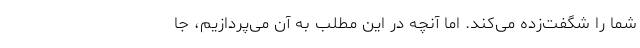
شما را شگفت‌زده می‌کند. اما آنچه در این مطلب به آن می‌پردازیم، جا